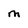
Character: M